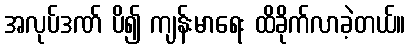
အလုပ်ဒဏ် ပိ၍ ကျန်းမာရေး ထိခိုက်လာခဲ့တယ်။